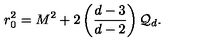
r _ { 0 } ^ { 2 } = M ^ { 2 } + 2 \left( \frac { d - 3 } { d - 2 } \right) { \cal Q } _ { d } .